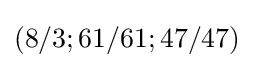
(8/3;61/61;47/47)